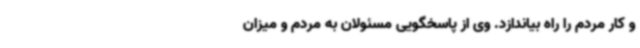
و کار مردم را راه بیاندازد. وی از پاسخگویی مسئولان به مردم و میزان